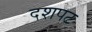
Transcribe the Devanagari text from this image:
दशपट